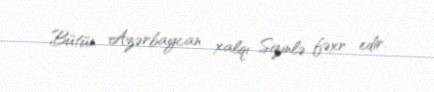
Bütün Azərbaycan xalqı Sizinlə fəxr edir.